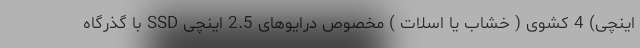
اینچی) 4 کشوی ( خشاب یا اسلات ) مخصوص درایوهای 2.5 اینچی SSD با گذرگاه